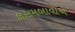
કાસમબાવાએ